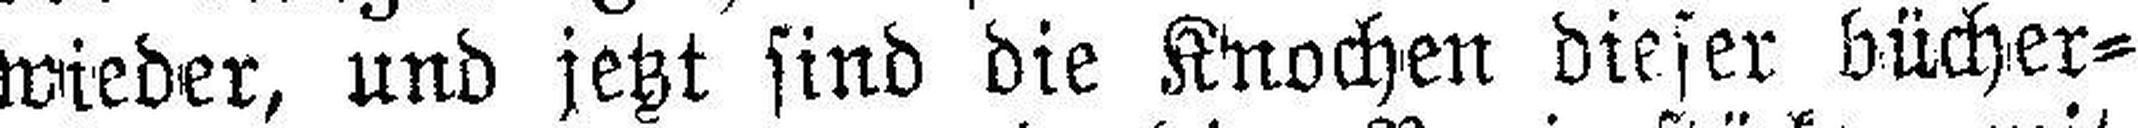
wieder, und jetzt sind die Knochen dieser bücher¬